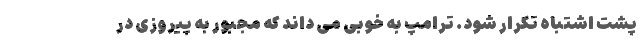
پشت اشتباه تکرار شود. ترامپ به خوبی می داند که مجبور به پیروزی در